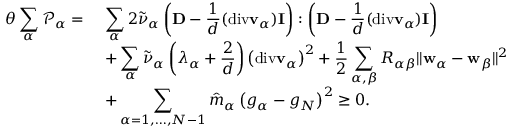
\begin{array} { r l } { \theta \displaystyle \sum _ { \alpha } \mathscr { P } _ { \alpha } = } & { ~ \displaystyle \sum _ { \alpha } 2 \tilde { \nu } _ { \alpha } \left( \mathbf { D } - \frac { 1 } { d } ( \mathrm { d i v } \mathbf { v } _ { \alpha } ) \mathbf { I } \right) : \left( \mathbf { D } - \frac { 1 } { d } ( \mathrm { d i v } \mathbf { v } _ { \alpha } ) \mathbf { I } \right) } \\ & { ~ + \displaystyle \sum _ { \alpha } \tilde { \nu } _ { \alpha } \left( \lambda _ { \alpha } + \frac { 2 } { d } \right) \left( \mathrm { d i v } \mathbf { v } _ { \alpha } \right) ^ { 2 } + \frac { 1 } { 2 } \displaystyle \sum _ { \alpha , { \beta } } R _ { \alpha { \beta } } \| \mathbf { w } _ { \alpha } - \mathbf { w } _ { \beta } \| ^ { 2 } } \\ & { ~ + \displaystyle \sum _ { \alpha = 1 , \dots , N - 1 } \hat { m } _ { \alpha } \left( g _ { \alpha } - g _ { N } \right) ^ { 2 } \geq 0 . } \end{array}